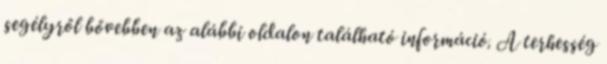
segélyről bővebben az alábbi oldalon található információ. A terhesség